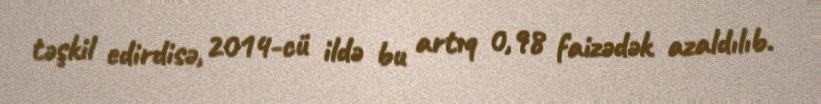
təşkil edirdisə, 2014-cü ildə bu artıq 0,98 faizədək azaldılıb.